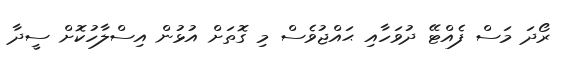
ރޯދަ މަސް ފެއްޓޭ ދުވަހާއި ޙައްޖުވެސް މި ގޮތަށް އުޅުން އިސްލާހުކޮށް ސީދާ